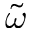
\widetilde { \omega }